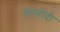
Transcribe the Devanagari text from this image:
सामोदी